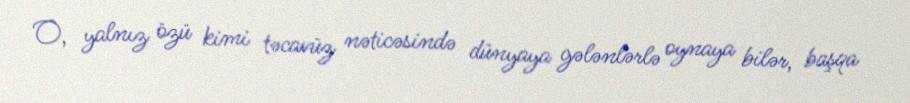
O, yalnız özü kimi təcavüz nəticəsində dünyaya gələnlərlə oynaya bilər, başqa